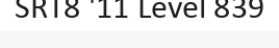
SRT8 '11 Level 839